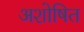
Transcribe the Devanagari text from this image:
अशोषित